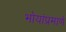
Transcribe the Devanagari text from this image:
भोयांप्रमाणे